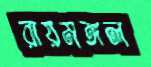
রায়মঙ্গল